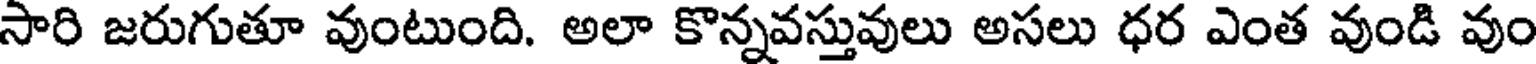
సారి జరుగుతూ వుంటుంది. అలా కొన్నవస్తువులు అసలు ధర ఎంత వుండి వుం